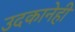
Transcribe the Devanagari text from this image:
उदकानेही